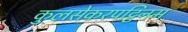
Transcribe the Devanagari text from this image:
कुलसेकरपट्टिनम